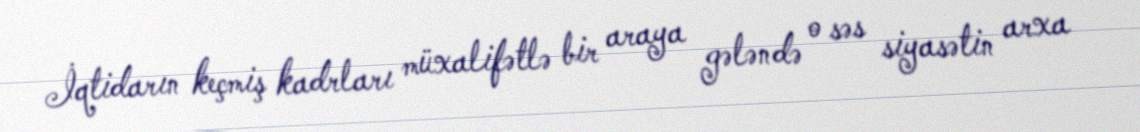
İqtidarın keçmiş kadrları müxalifətlə bir araya gələndə o səs siyasətin arxa